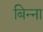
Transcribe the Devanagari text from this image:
बिन्ना